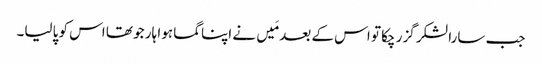
جب سارا لشکر گزر چکا تو اس کے بعد مَیں نے اپناگما ہوا ہار جو تھا اس کو پالیا۔